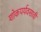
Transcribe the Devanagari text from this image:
शोकपर्यवसावी